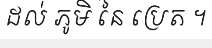
ដល់ ភូមិ នៃ ប្រេត ។